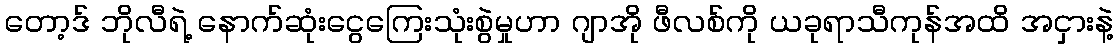
တော့ဒ် ဘိုလီရဲ့ နောက်ဆုံးငွေကြေးသုံးစွဲမှုဟာ ဂျာအို ဖီလစ်ကို ယခုရာသီကုန်အထိ အငှားနဲ့